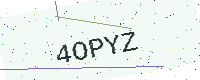
Text: 4OPYZ